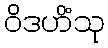
ဝိဒဟိံသု